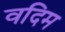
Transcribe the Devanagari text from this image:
वदिम